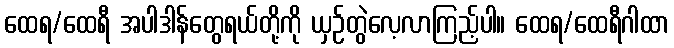
ထေရ/ထေရီ အပါဒါန်တွေရယ်တို့ကို ယှဉ်တွဲလေ့လာကြည့်ပါ။ ထေရ/ထေရီဂါထာ